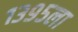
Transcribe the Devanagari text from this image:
१३९५ला